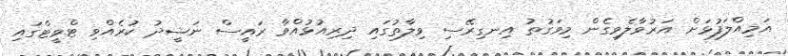
އަމިއްލަފުޅަށް އަރުވާލެވިގެން މިވަގުތު އިނގިރޭސި ވިލާތުގައި ދިރިއުޅުއްވާ ރައީސް ނަޝީދު ކުރެއްވި ޓްވީޓްގައި